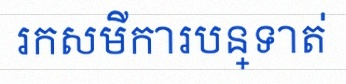
រកសមីការបន្ទាត់